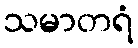
သမာတရံ